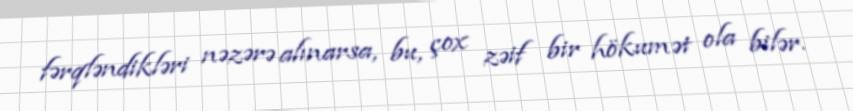
fərqləndikləri nəzərə alınarsa, bu, çox zəif bir hökumət ola bilər.